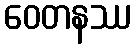
ဝေတနဿ